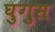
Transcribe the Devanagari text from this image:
घुगुस